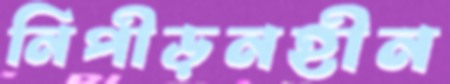
নিপীড়নহীন